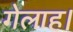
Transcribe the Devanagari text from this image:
गेलाह।